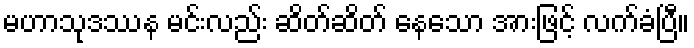
မဟာသုဒဿန မင်းလည်း ဆိတ်ဆိတ် နေသော အားဖြင့် လက်ခံပြီ။